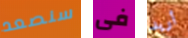
سنصعد فى أريد